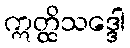
ဣတ္ထိသဒ္ဒေါ